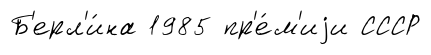
Б'ерл'и́на 1985 пр'е́м'иjи СССР